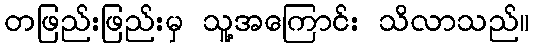
တဖြည်းဖြည်းမှ သူ့အကြောင်း သိလာသည်။